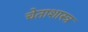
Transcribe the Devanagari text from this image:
चेताशास्त्र